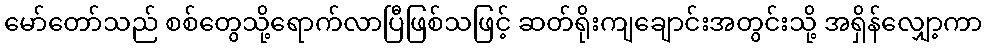
မော်တော်သည် စစ်တွေသို့ရောက်လာပြီဖြစ်သဖြင့် ဆတ်ရိုးကျချောင်းအတွင်းသို့ အရှိန်လျှော့ကာ